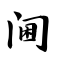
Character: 阃